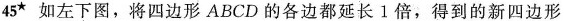
45★如左下图，将四边形ABCD的各边都延长1倍，得到的新四边形